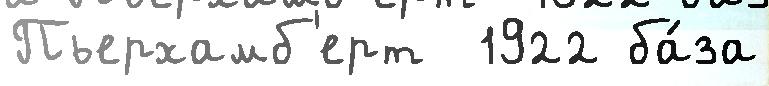
Пьерхамб'ерт  1922 ба́за